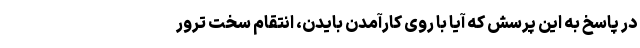
در پاسخ به این پرسش که آیا با روی کارآمدن بایدن، انتقام سخت ترور